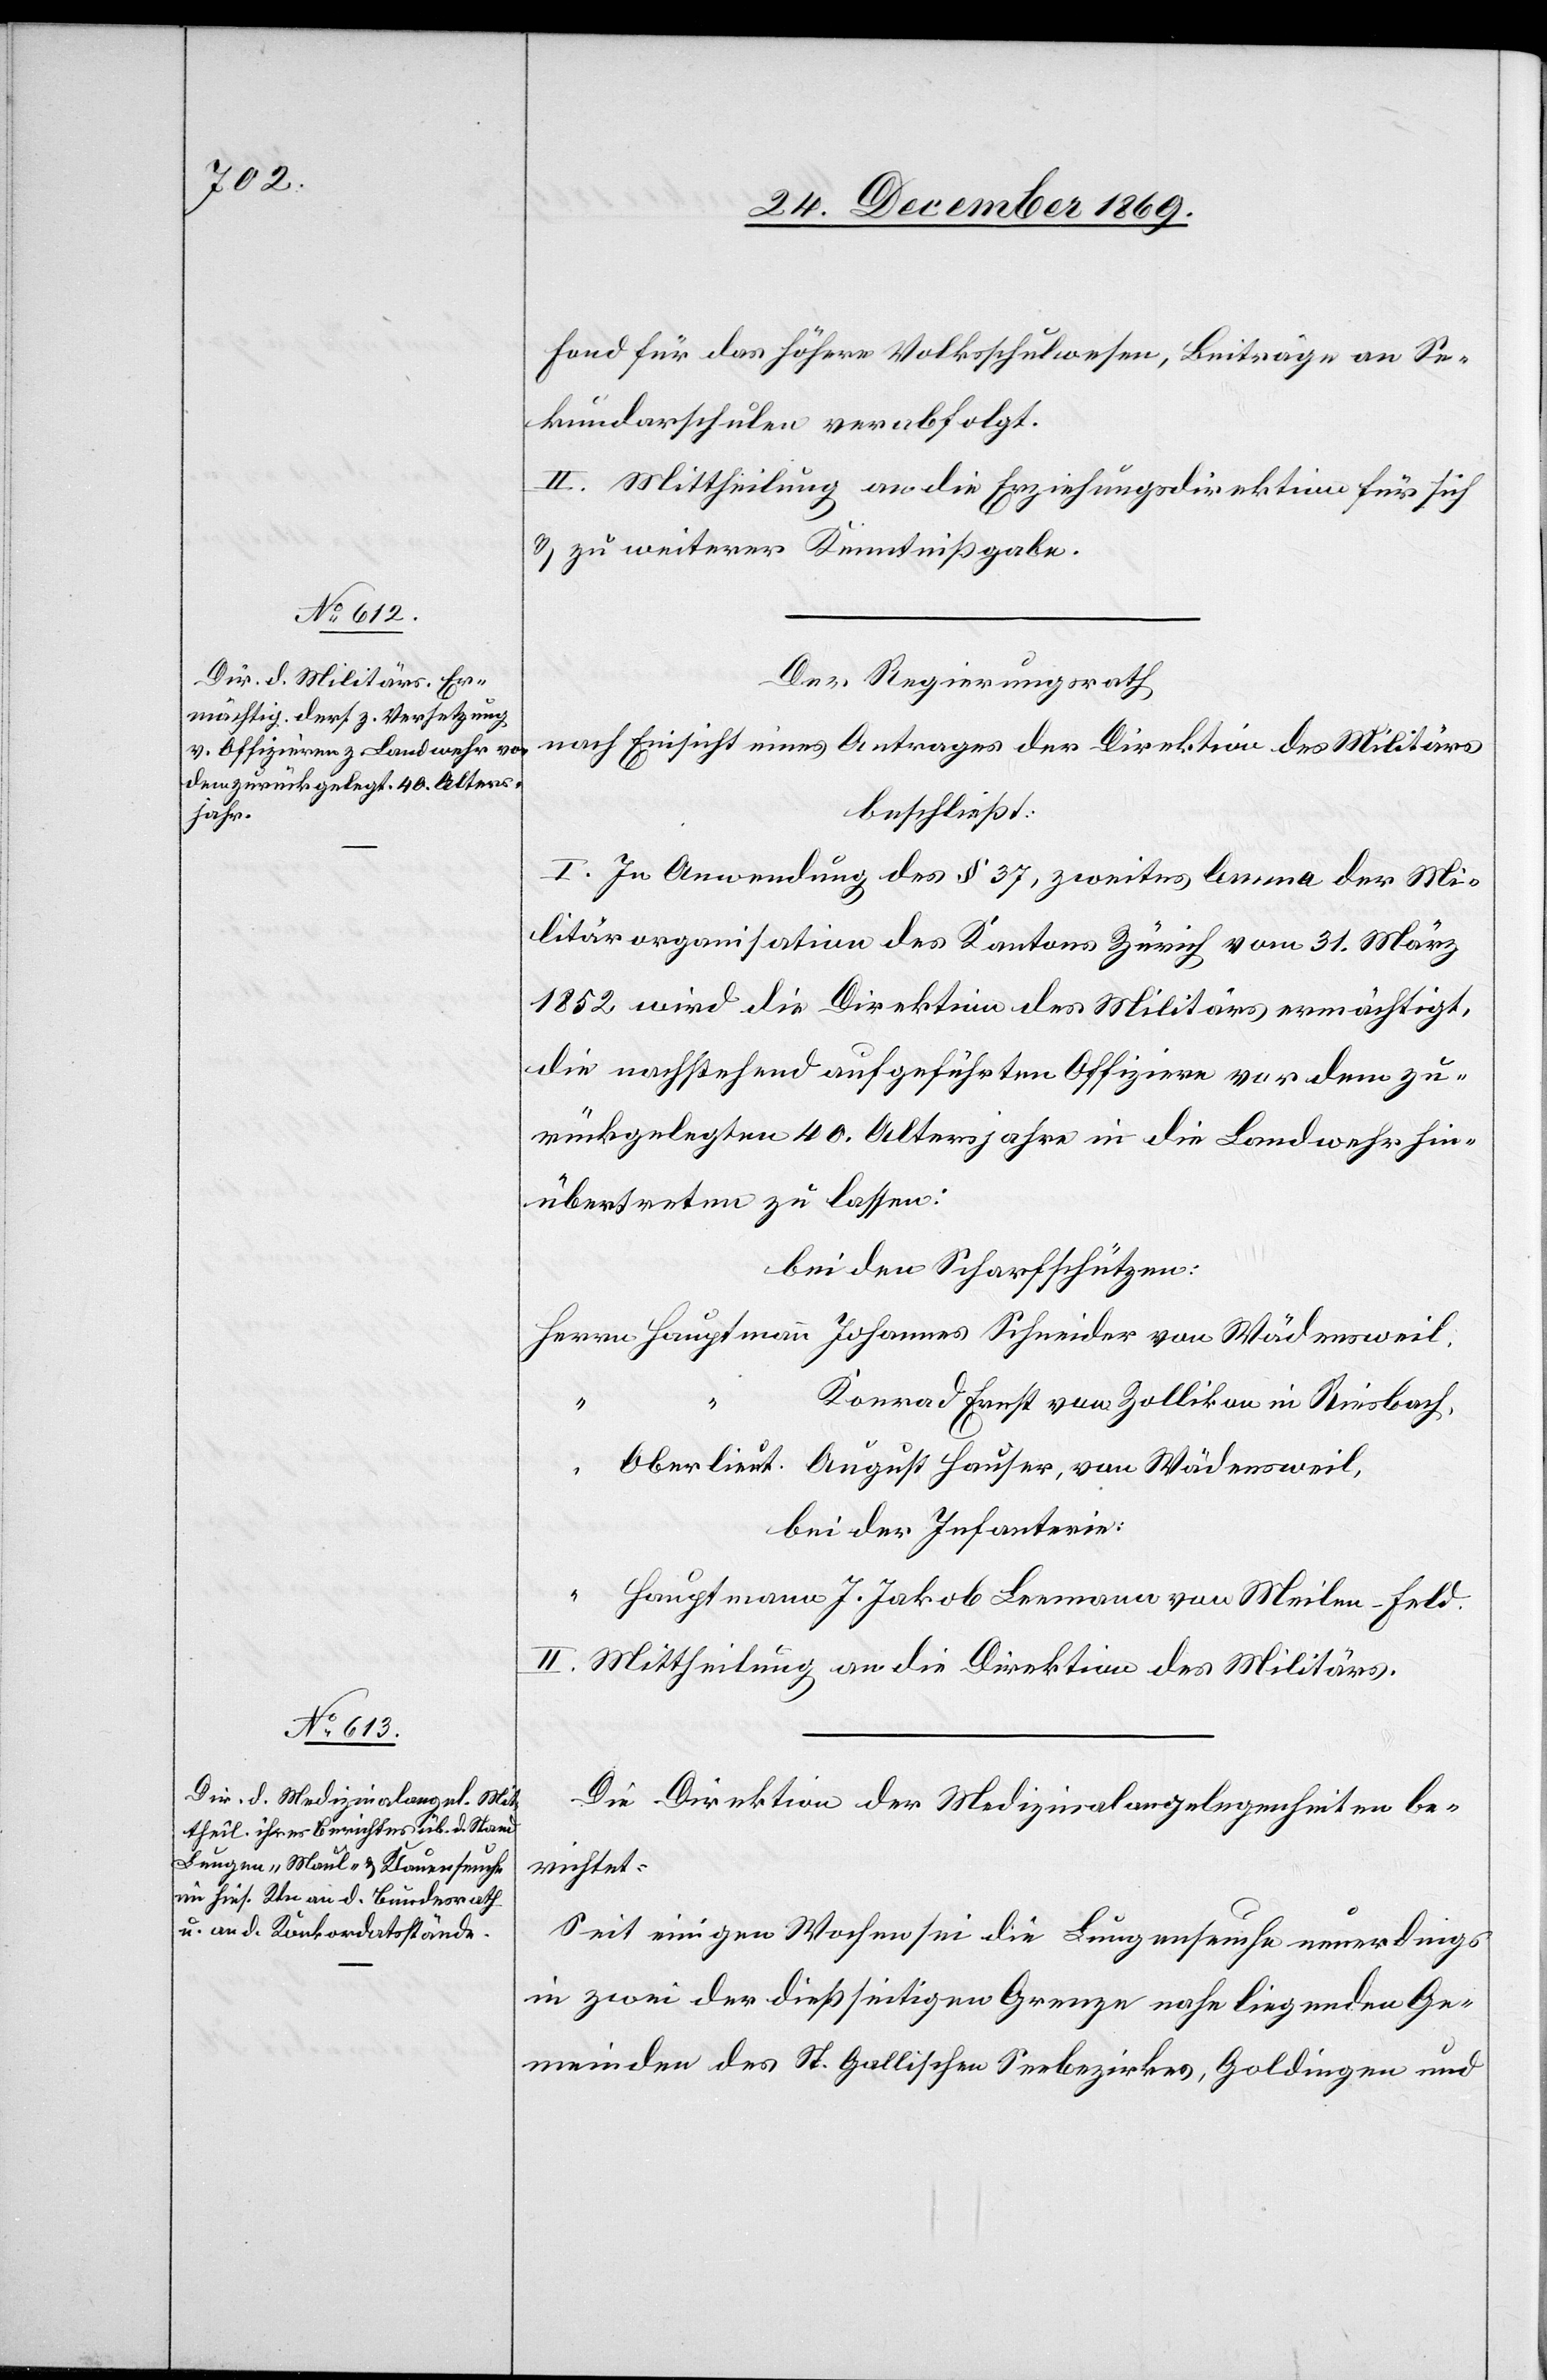
Fond für das höhere Volksschulwesen, Beiträge an Se¬
kundarschulen verabfolgt.
II. Mittheilung an die Erziehungsdirektion für sich
& zu weiterer Kenntnißgabe.
Der Regierungsrath
nach Einsicht eines Antrages der Direktion des Militärs
beschließt:
I. In Anwendung des § 37, zweites lemma der Mi¬
litärorganisation des Kantons Zürich vom 31. März
1852 wird die Direktion des Militärs ermächtigt,
die nachstehend aufgeführten Offiziere vor dem zu¬
rückgelegten 40. Altersjahre in die Landwehr hin¬
übertreten zu lassen:
bei den Scharfschützen:
Herrn Hauptmann Johannes Schneider von Wädensweil,
Konrad Ernst von Zollikon in Riesbach,
“
Oberlieut. August Hauser, von Wädensweil,
bei der Infanterie:
“ Hauptmann J. Jakob Leemann von Meilen - Feld.
II. Mittheilung an die Direktion des Militärs.
Die Direktion der Medizinalangelegenheiten be¬
richtet:
Seit einigen Wochen sei die Lungenseuche neuerdings
in zwei der dießseitigen Grenze nahe liegenden Ge¬
meinden des St. Gallischen Seebezirkes, Goldingen und